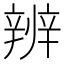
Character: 辨